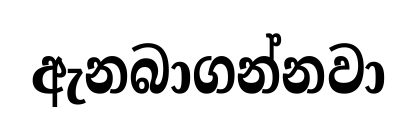
ඇනබාගන්නවා